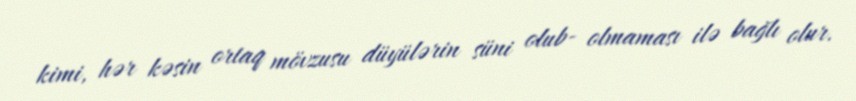
kimi, hər kəsin ortaq mövzusu düyülərin süni olub- olmaması ilə bağlı olur.